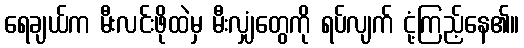
ရေချယ်က မီးလင်းဖိုထဲမှ မီးလျှံတွေကို ရပ်လျက် ငုံ့ကြည့်နေ၏။